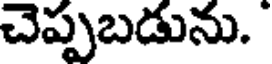
చెప్పబడును.